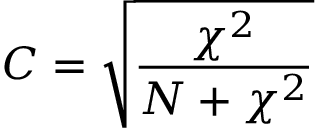
C = { \sqrt { \frac { \chi ^ { 2 } } { N + \chi ^ { 2 } } } }